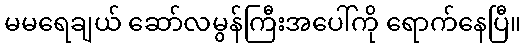
မမရေချယ် ဆော်လမွန်ကြီးအပေါ်ကို ရောက်နေပြီ။